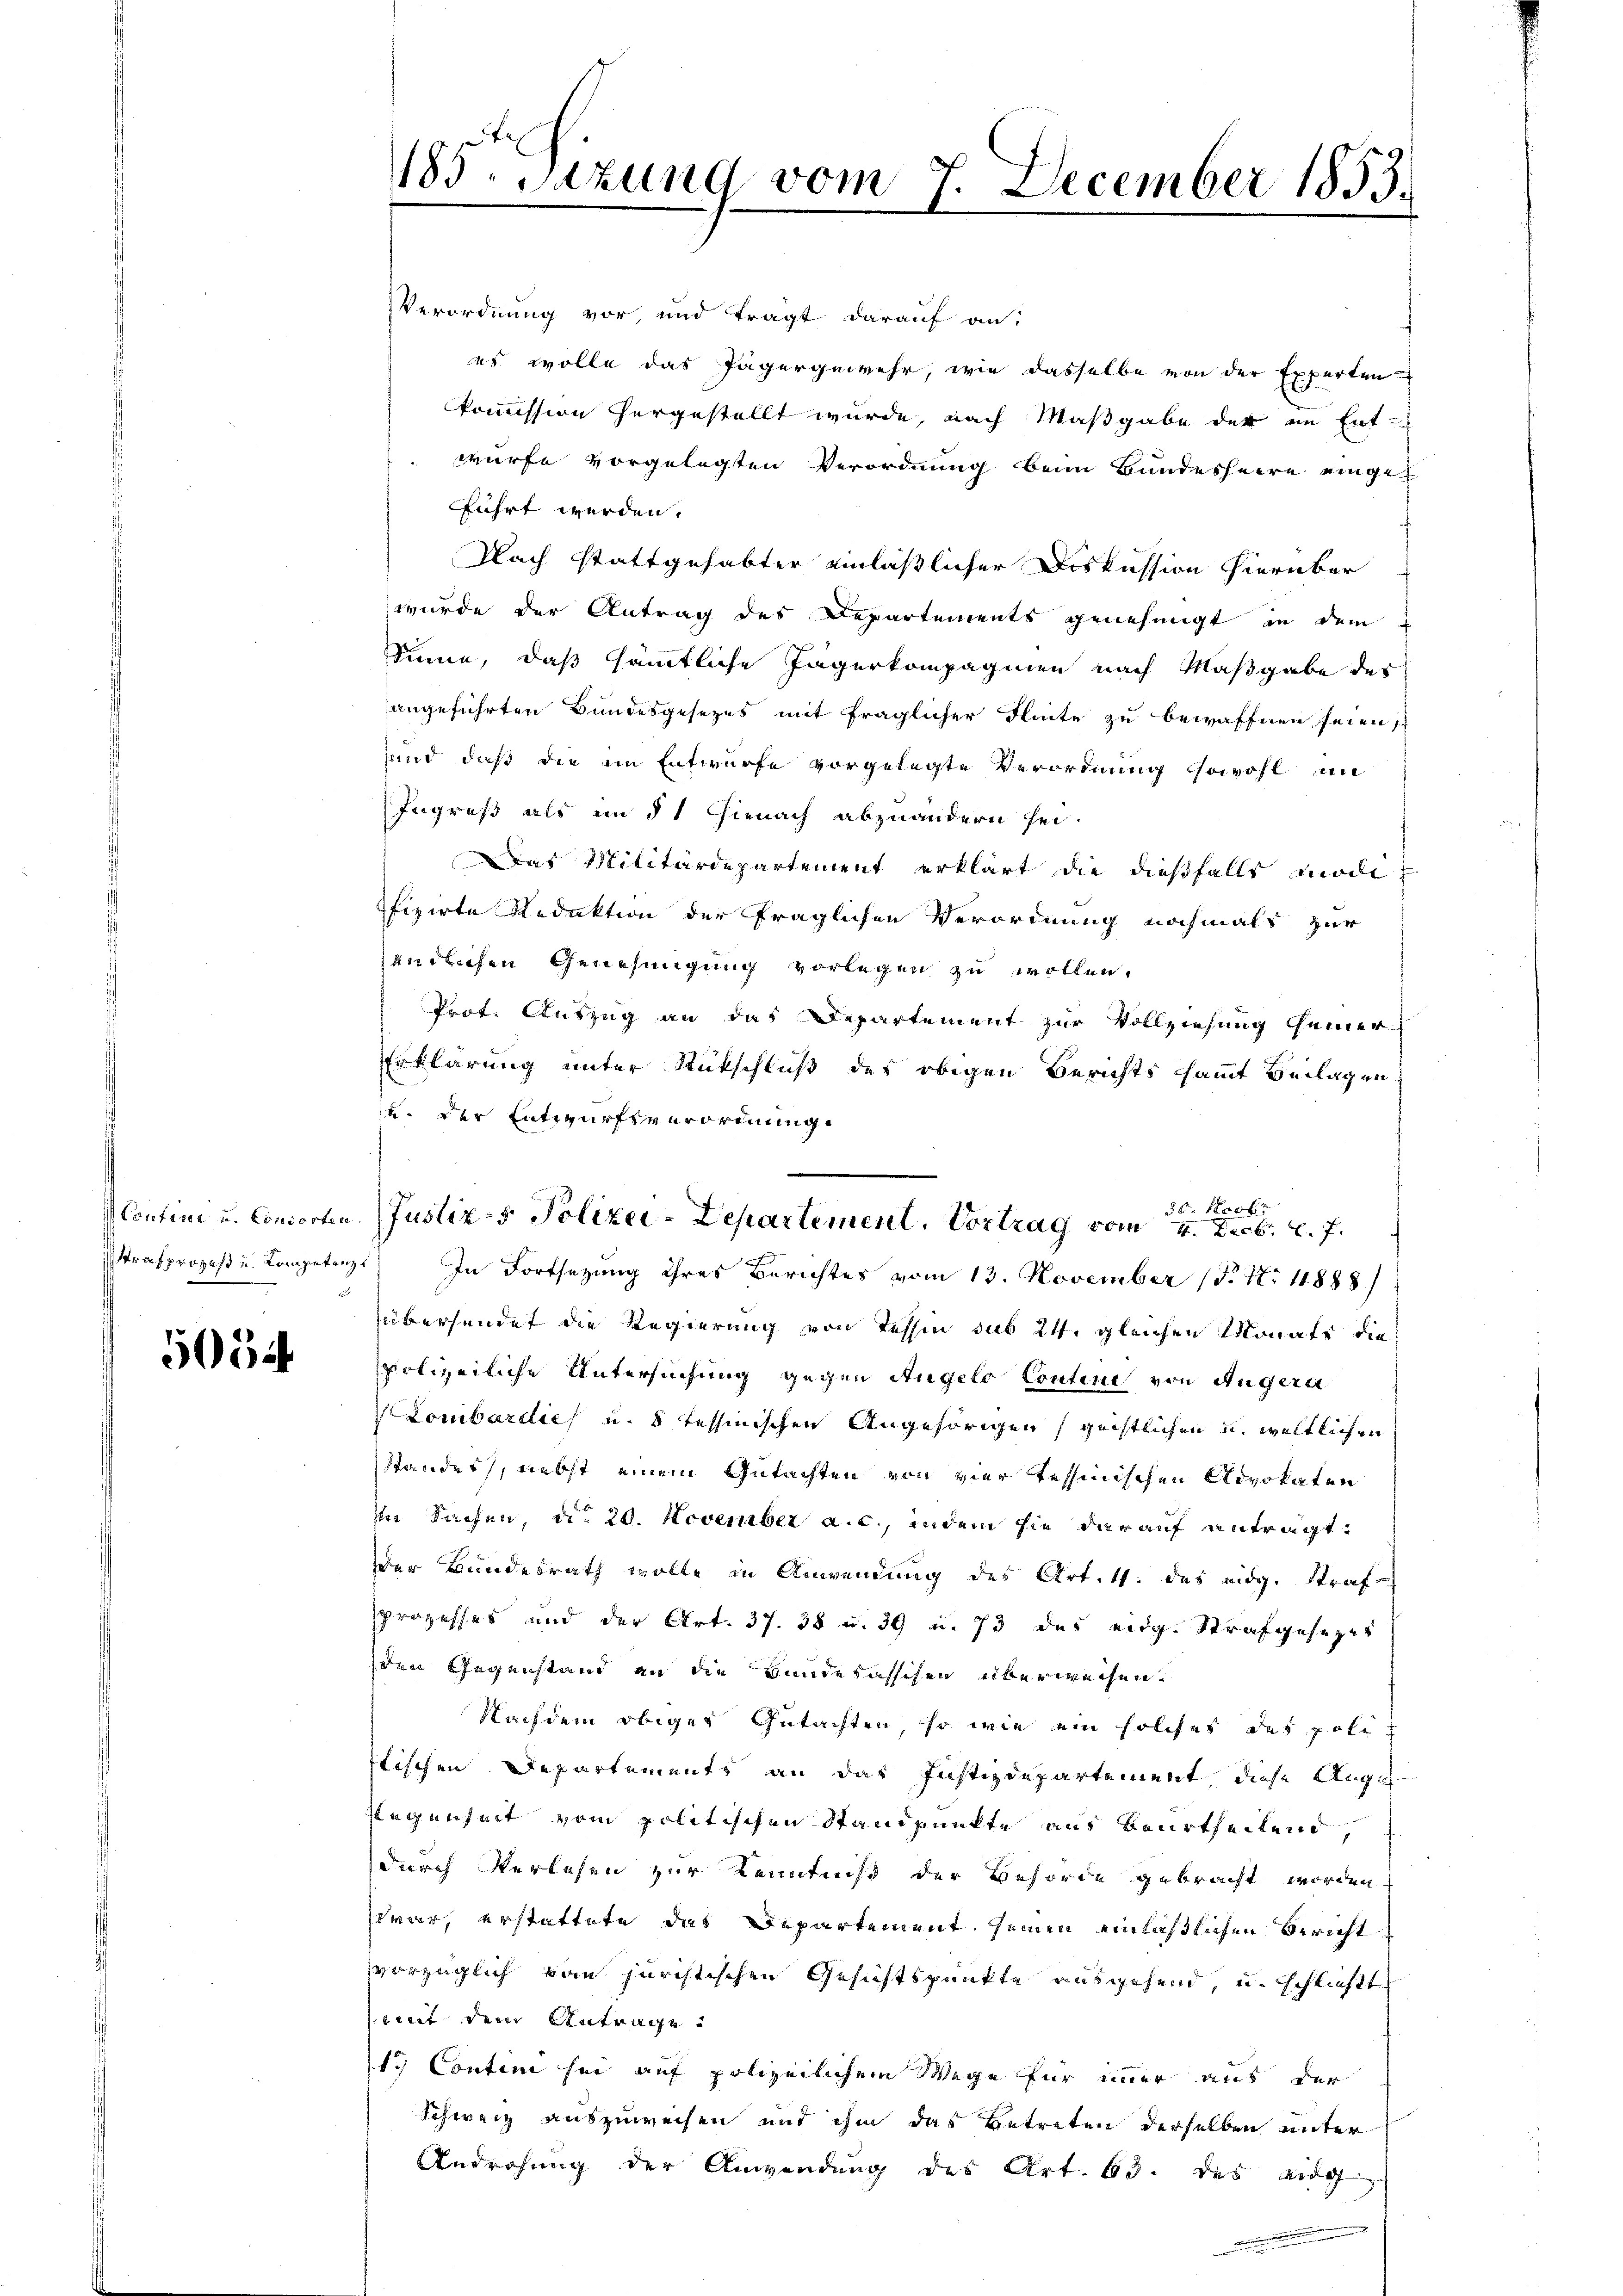
emministe

5054

185. Setzung vom 7. December 1853.
2

Verordnung vor, und trägt darauf an:
es wolle das Jägergewehr, wie dasselbe von der Experten
kommission hergestellt wurde, nach Maßgabe der in Ent-
wurfe vorgelegten Verordnung beim Bundesheere eingefführt werden.
Nach stattgehabter einläßlicher Diskussion hierüber
wurde der Antrag des Departements genehmigt in dem
Sinne, daß sämmtliche Jägerkompagnien nach Maßgabe der
angeführten Bundesgesetzes mit fraglicher Flinte zu bewaffnen seien,
and, daß die ein Entwurfe vorgelegte Verordnung sowohl un
Ingreß als im 51 hienach abzuändern sei.
Das Militärdepartement erklärt die dießfalls modi
fizirte Redaktion der fraglichen Verordnung nochmals zur
zündlichen Genehmigung vorlegen zu wollen.
Prot. Auszug an das Departement zur Vollziehung gemer¬
Erklärung unter Rückschluß des obigen Berichts sammt Beilagen.
u. der Entwurfsverordnung
istrafprozeß u. Competenz. In Fortsezung ihres Berichtes vom 13. November (N. N. 11888)
übersendet die Regierung von Tessin sub 24. gleichen Monats die
Polizeiliche Untersuchung gegen Angelo Contini von Angerte
 Lombardies u. 8 tessinischen Angehörigen geistlichen u. weltlichen
standes, nebst einem Gutachten von vier tessinischen Advokaten
In Sachen, die 20. November a. c., indem sie darauf antragt.
der Bundesrath wolle in Anwendung des Art. 11. des eidg. Strafsprozesses und der Art. 37. 38 u. 39 u. 73 des eidg. Strafgesezes
den Gegenstand an die Bundesasschen überweisen.
Nachdem obiger Gutachten, so wie ein solches des polit
stischen Departements an das Justizdepartement, diese Auge
Regenheit vom politischen Standpunkte aus beurtheilend,
durch Verlesen zur Kenntniß der Behörde gebracht worden
war, erstattete das Departement seinen einfaßlichen Bericht
vorzüglich vom jürchtischen Gesichtspunkte ausgehend, u. schließt
mit dem Antrage
1. Contini sei auf polizeilichem Wege für immer aus der
Schweiz auszuweisen und ihm das Betreten derselben unter
Androhung der Anwendung des Art. 63. des eidg

30. 100fr
Justiz- & Polizei-Departement. Vortrag vom 4. Decbr. l. J.